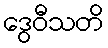
ဒွေဝီသတိ